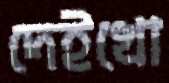
দেইখো